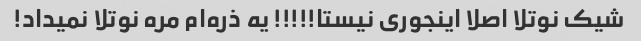
شیک‌ نوتلا اصلا اینجوری نیستا!!!!! یه ذره‌ام مره نوتلا نمیداد!